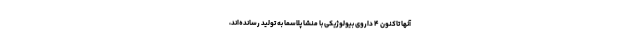
آنها تاکنون ۴ داروی بیولوژیکی با منشا پلاسما به تولید رسانده‌اند،